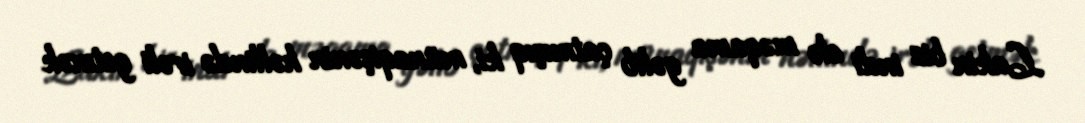
Lakin biz indi elə məqama gəlib çatmışıq ki, münaqişənin həllində irəli getmək